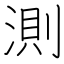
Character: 測